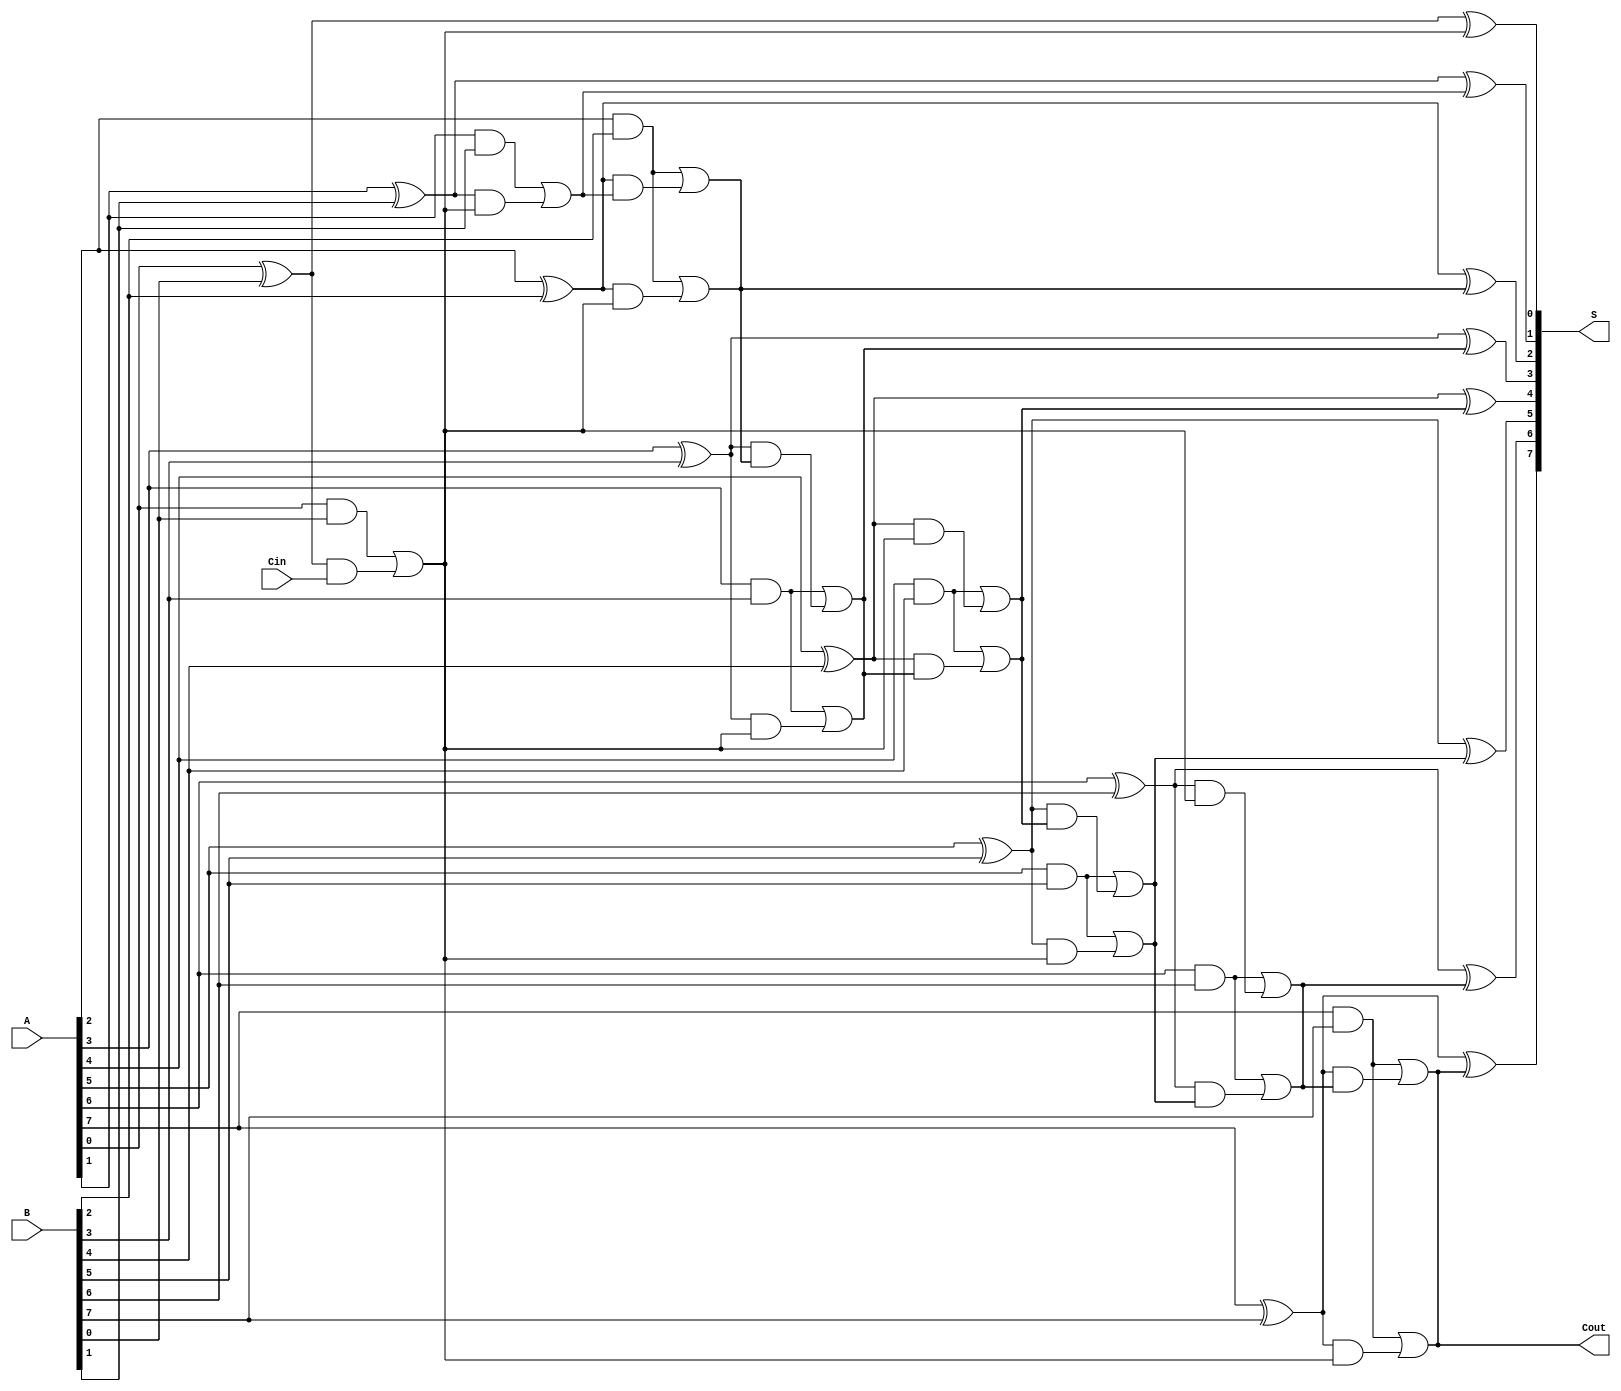
module KoggeStoneAdder #(parameter N = 8) (
    input  wire [N-1:0] A,     // First input
    input  wire [N-1:0] B,     // Second input
    input  wire Cin,           // Carry-in
    output wire [N-1:0] S,     // Sum output
    output wire Cout           // Carry-out
);

// Intermediate signals
wire [N-1:0] P;            // Propagate
wire [N-1:0] G;            // Generate
wire [N-1:0] C;            // Carry

// Preprocessing Stage: Generate Propagate (P) and Generate (G) Signals
genvar i;
generate
    for (i = 0; i < N; i = i + 1) begin : gen_pg
        assign P[i] = A[i] ^ B[i];   // Propagate
        assign G[i] = A[i] & B[i];   // Generate
    end
endgenerate

// Carry Generation Stage
// Level 0: Initial carry signal based on Cin
assign C[0] = G[0] | (P[0] & Cin);

// Level 1
generate
    for (i = 1; i < N; i = i + 1) begin : carry_gen_level1
        assign C[i] = G[i] | (P[i] & C[0]);
    end
endgenerate

// Level 2
generate
    for (i = 2; i < N; i = i + 1) begin : carry_gen_level2
        assign C[i] = G[i] | (P[i] & C[i-1]);
    end
endgenerate

// Each level continues to compute carry signals.
// We implement a 3-level carry generation for a depth of 8 bits (you can expand if needed).

// Level 3 (final level for full carry generation)
assign Cout = G[N-1] | (P[N-1] & C[N-2]);

// Sum Calculation
generate
    for (i = 0; i < N; i = i + 1) begin : sum_gen
        assign S[i] = P[i] ^ C[i]; // Sum
    end
endgenerate

endmodule